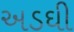
અડઘી